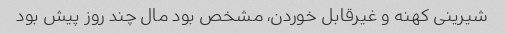
شیرینی کهنه و غیرقابل خوردن، مشخص بود مال چند روز پیش بود